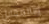
وبالمقابل